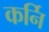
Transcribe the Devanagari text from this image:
कर्नि